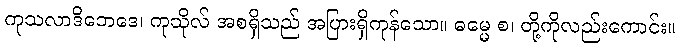
ကုသလာဒိဘေဒေ၊ ကုသိုလ် အစရှိသည် အပြားရှိကုန်သော။ ဓမ္မေ စ၊ တို့ကိုလည်းကောင်း။